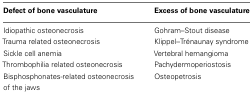
<table><thead><tr><td><b>Defect of bone vasculature</b></td><td><b>Excess of bone vasculature</b></td></tr></thead><tbody><tr><td>Idiopathic osteonecrosis</td><td>Gohram–Stout disease</td></tr><tr><td>Trauma related osteonecrosis</td><td>Klippel–Trénaunay syndrome</td></tr><tr><td>Sickle cell anemia</td><td>Vertebral hemangioma</td></tr><tr><td>Thrombophilia related osteonecrosis</td><td>Pachydermoperiostosis</td></tr><tr><td>Bisphosphonates-related osteonecrosis of the jaws</td><td>Osteopetrosis</td></tr></tbody></table>